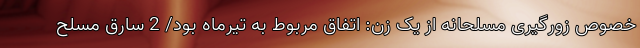
خصوص زورگیری مسلحانه از یک زن: اتفاق مربوط به تیرماه بود/ 2 سارق مسلح